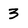
Character: 3